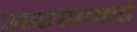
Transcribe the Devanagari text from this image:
आरशाकडे